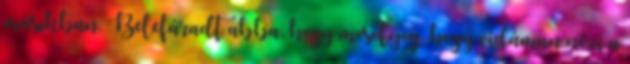
másikban. Belefáradt abba, hogy mosolyog, hogy vidáman nézi a